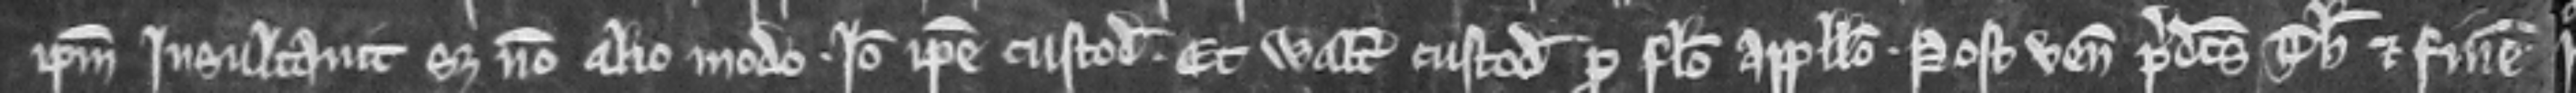
ipsum insultavit set non alio modo. Ideo ipse custodiatur. Et Walterus custodiatur pro falso appello. Post venit predictus Thomas et finem